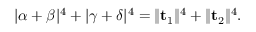
\lvert \alpha + \beta \rvert ^ { 4 } + \lvert \gamma + \delta \rvert ^ { 4 } = \lVert \mathbf { t } _ { 1 } \rVert ^ { 4 } + \lVert \mathbf { t } _ { 2 } \rVert ^ { 4 } .